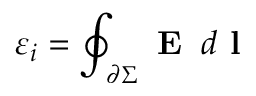
\varepsilon _ { i } = \oint _ { \scriptstyle \partial \Sigma } \textbf { E } \, d \textbf { l }